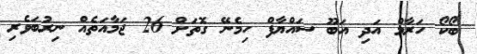
ބޯކޯ ހަރާމް އަދި އަބޫ ސައްޔާފް ހިމެނޭ ގޮތަށް 26 ޖަމާއަތެއް ނިރުބަވެރި